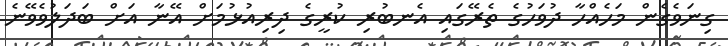
ގިނަވެގެން މަހެއްހާ ދުވަހުގެ ތެރޭގައި އެނބުރި ކުރީގެ ދިރިއުޅުމަށް އޭނާ އަށް ބަދަލުވެވޭނެ